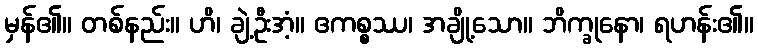
မှန်၏။ တစ်နည်း။ ဟိ၊ ချဲ့ဦးအံ့။ ဧကစ္စဿ၊ အချို့သော။ ဘိက္ခုနော၊ ရဟန်း၏။